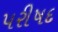
પરીષદ